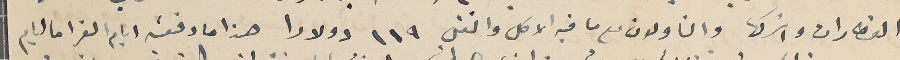
القطارات واشركها والناولون مع ما فيه الاكل والنقل ١١٩ دولارا هذا ما دفعته ايام العز اما ايام